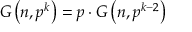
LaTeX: G \left( n , p ^ { k } \right) = p \cdot G \left( n , p ^ { k - 2 } \right)